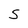
Character: S